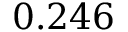
0 . 2 4 6